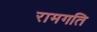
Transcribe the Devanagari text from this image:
रामगति